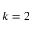
k = 2